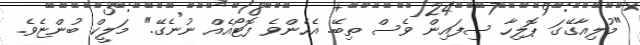
"މުލިއާގޭގަ ޕޮލިހާ ސިފައިން ވެސް ތިބޭ. އެހެންވެ ފޮޓޯއެއް ނުނެގޭ." މަލީކް ބުންޏެވެ.